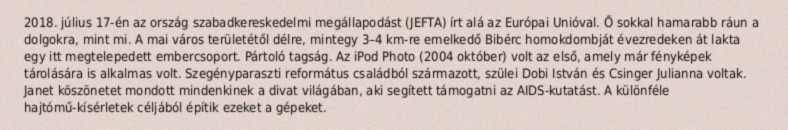
2018. július 17-én az ország szabadkereskedelmi megállapodást (JEFTA) írt alá az Európai Unióval. Ő sokkal hamarabb ráun a dolgokra, mint mi. A mai város területétől délre, mintegy 3–4 km-re emelkedő Bibérc homokdombját évezredeken át lakta egy itt megtelepedett embercsoport. Pártoló tagság. Az iPod Photo (2004 október) volt az első, amely már fényképek tárolására is alkalmas volt. Szegényparaszti református családból származott, szülei Dobi István és Csinger Julianna voltak. Janet köszönetet mondott mindenkinek a divat világában, aki segített támogatni az AIDS-kutatást. A különféle hajtómű-kísérletek céljából építik ezeket a gépeket.